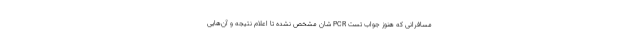
مسافرانی که هنوز جواب تست PCR شان مشخص نشده تا اعلام نتیجه و آن‌هایی